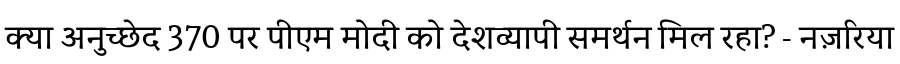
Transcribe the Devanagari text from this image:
क्या अनुच्छेद 370 पर पीएम मोदी को देशव्यापी समर्थन मिल रहा? - नज़रिया